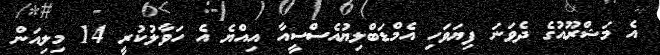
އެ މަޝްރޫއުގެ ދެވަނަ ފިޔަވަހި އެމްޑަބްލިޔުއެސްސީއާ އިއްޔެ އެ ހަވާލުކުރީ 14 މިލިއަން